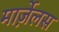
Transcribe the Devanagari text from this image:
मार्ज़ेलस